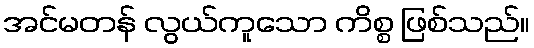
အင်မတန် လွယ်ကူသော ကိစ္စ ဖြစ်သည်။